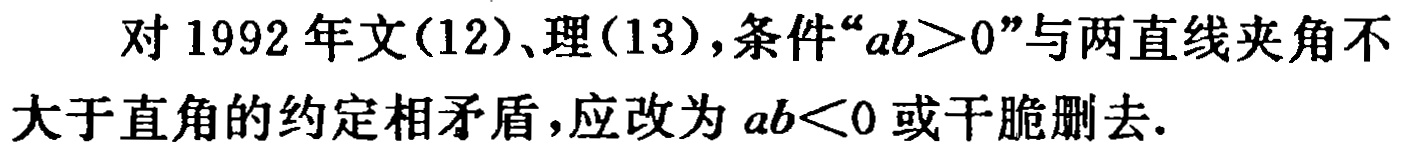
对 1992 年文(12)、理(13)，条件“\(ab>0\)”与两直线夹角不大于直角的约定相矛盾，应改为 \(ab<0\) 或干脆删去.